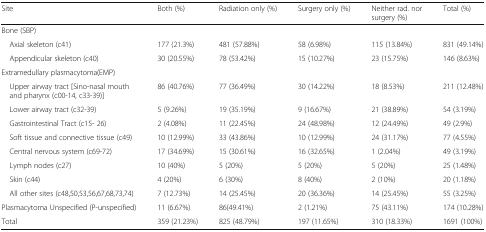
| Site | Both (%) | Radiation only (%) | Surgery only (%) | Neither rad. nor surgery (%) | Total (%) |
 | --- | --- | --- | --- | --- | --- |
 | <COLSPAN=6> Bone (SBP) |
 | Axial skeleton (c41) | 177 (21.3%) | 481 (57.88%) | 58 (6.98%) | 115 (13.84%) | 831 (49.14%) |
 | Appendicular skeleton (c40) | 30 (20.55%) | 78 (53.42%) | 15 (10.27%) | 23 (15.75%) | 146 (8.63%) |
 | <COLSPAN=6> Extramedullary plasmacytoma(EMP) |
 | Upper airway tract [Sino-nasal mouth and pharynx (c00-14, c33-39)] | 86 (40.76%) | 77 (36.49%) | 30 (14.22%) | 18 (8.53%) | 211 (12.48%) |
 | Lower airway tract (c32-39) | 5 (9.26%) | 19 (35.19%) | 9 (16.67%) | 21 (38.89%) | 54 (3.19%) |
 | Gastrointestinal Tract (c15- 26) | 2 (4.08%) | 11 (22.45%) | 24 (48.98%) | 12 (24.49%) | 49 (2.9%) |
 | Soft tissue and connective tissue (c49) | 10 (12.99%) | 33 (43.86%) | 10 (12.99%) | 24 (31.17%) | 77 (4.55%) |
 | Central nervous system (c69-72) | 17 (34.69%) | 15 (30.61%) | 16 (32.65%) | 1 (2.04%) | 49 (3.19%) |
 | Lymph nodes (c27) | 10 (40%) | 5 (20%) | 5 (20%) | 5 (20%) | 25 (1.48%) |
 | Skin (c44) | 4 (20%) | 6 (30%) | 8 (40%) | 2 (10%) | 20 (1.18%) |
 | All other sites (c48,50,53,56,67,68,73,74) | 7 (12.73%) | 14 (25.45%) | 20 (36.36%) | 14 (25.45%) | 55 (3.25%) |
 | Plasmacytoma Unspecified (P-unspecified) | 11 (6.67%) | 86(49.41%) | 2 (1.21%) | 75 (43.11%) | 174 (10.28%) |
 | Total | 359 (21.23%) | 825 (48.79%) | 197 (11.65%) | 310 (18.33%) | 1691 (100%) |